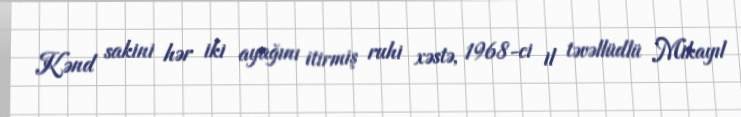
Kənd sakini hər iki ayağını itirmiş ruhi xəstə, 1968-ci il təvəllüdlü Mikayıl